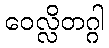
ဝေလ္လိတဂ္ဂါ